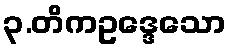
၃.တိကဥဒ္ဒေသော